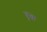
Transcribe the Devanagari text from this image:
बृक